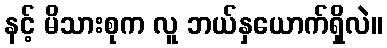
နင့် မိသားစုက လူ ဘယ်နှယောက်ရှိလဲ။